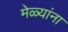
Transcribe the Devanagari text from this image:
मेळ्यांना